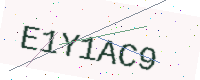
Text: E1Y1AC9